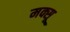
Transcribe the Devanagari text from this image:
मक्सू